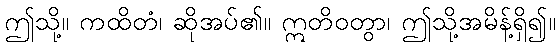
ဤသို့။ ကထိတံ၊ ဆိုအပ်၏။ ဣတိဝတွာ၊ ဤသို့အမိန့်ရှိ၍။